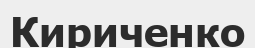
Кириченко